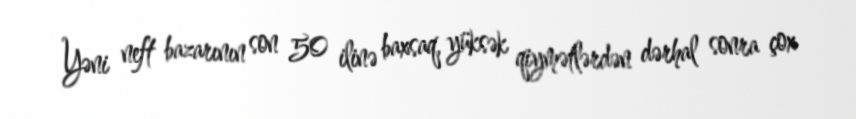
Yəni neft bazarının son 50 ilinə baxsaq, yüksək qiymətlərdən dərhal sonra çox